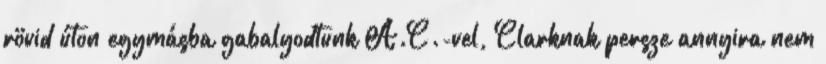
rövid úton egymásba gabalyodtunk A.C.-vel, Clarknak persze annyira nem